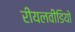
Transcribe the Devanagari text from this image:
रीयलवीडियो